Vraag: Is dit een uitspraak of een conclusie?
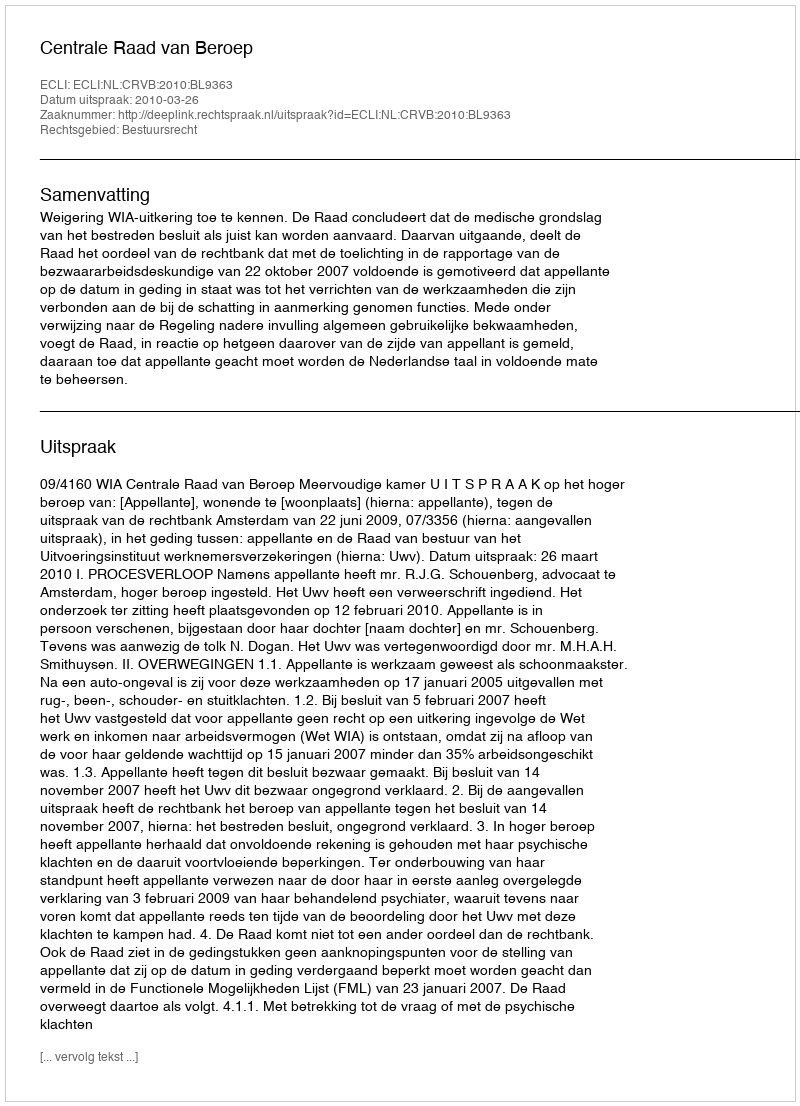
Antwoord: Uitspraak